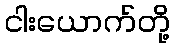
ငါးယောက်တို့